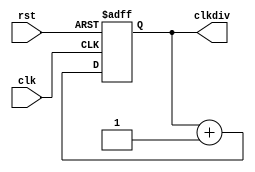
`timescale 1ns / 1ps
//////////////////////////////////////////////////////////////////////////////////
// Company: 
// Engineer: 
// 
// Design Name: 
// Module Name:    clkdiv 
// Project Name: 
// Target Devices: 
// Tool versions: 
// Description: 
//
// Dependencies: 
//
// Revision: 
// Revision 0.01 - File Created
// Additional Comments: 
//
//////////////////////////////////////////////////////////////////////////////////
module clkdiv(input clk, input rst, output reg[31:0] clkdiv);
	initial begin clkdiv = 0; end
	always @(posedge clk or posedge rst) begin 
		if (rst) clkdiv <= 0;
		else clkdiv <= clkdiv + 1;
	end
endmodule